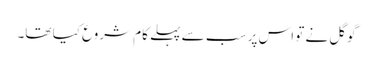
گوگل نے تو اس پر سب سے پہلے کام شروع کیا تھا۔